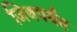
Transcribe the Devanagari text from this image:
जिथपर्यंत